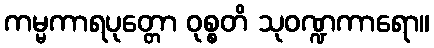
ကမ္မကာရပုတ္တော ဝုစ္စတိ သုဝဏ္ဍကာရော။